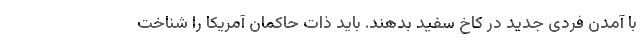
با آمدن فردی جدید در کاخ سفید بدهند. باید ذات حاکمان آمریکا را شناخت